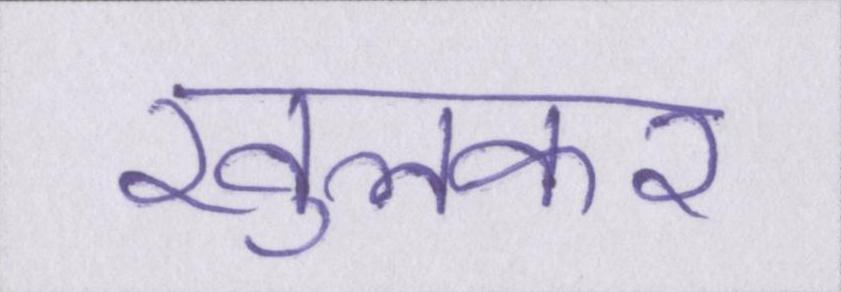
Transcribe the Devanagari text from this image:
खुलकर